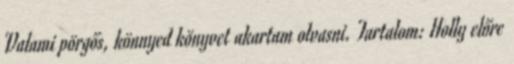
Valami pörgős, könnyed könyvet akartam olvasni. Tartalom: Holly előre